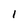
Character: 1